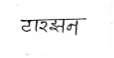
मजकूर: टारझन